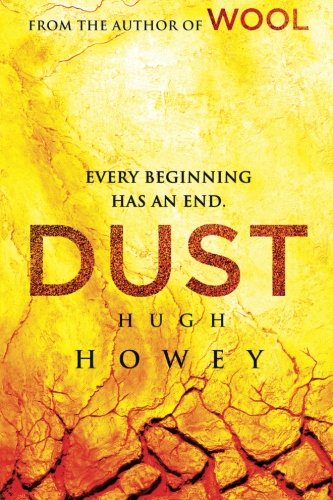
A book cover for Dust (Silo Saga); Hugh Howey; Science Fiction & Fantasy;